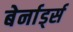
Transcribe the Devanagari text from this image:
बेर्नार्ड्स